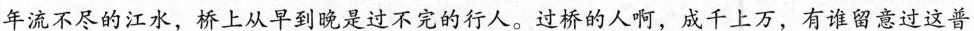
年流不尽的江水，桥上从早到晚是过不完的行人。过桥的人啊，成千上万，有谁留意过这普